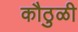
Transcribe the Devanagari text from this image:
कौठुळी